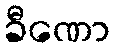
ခီဏော